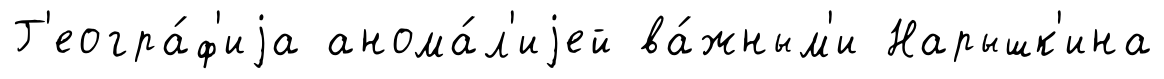
Г'еогра́ф'иjа анома́л'иjей ва́жным'и Нарышк'ина